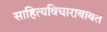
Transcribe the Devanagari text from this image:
साहित्यविचाराबाबत